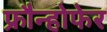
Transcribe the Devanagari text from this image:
फ्रौन्होफेर